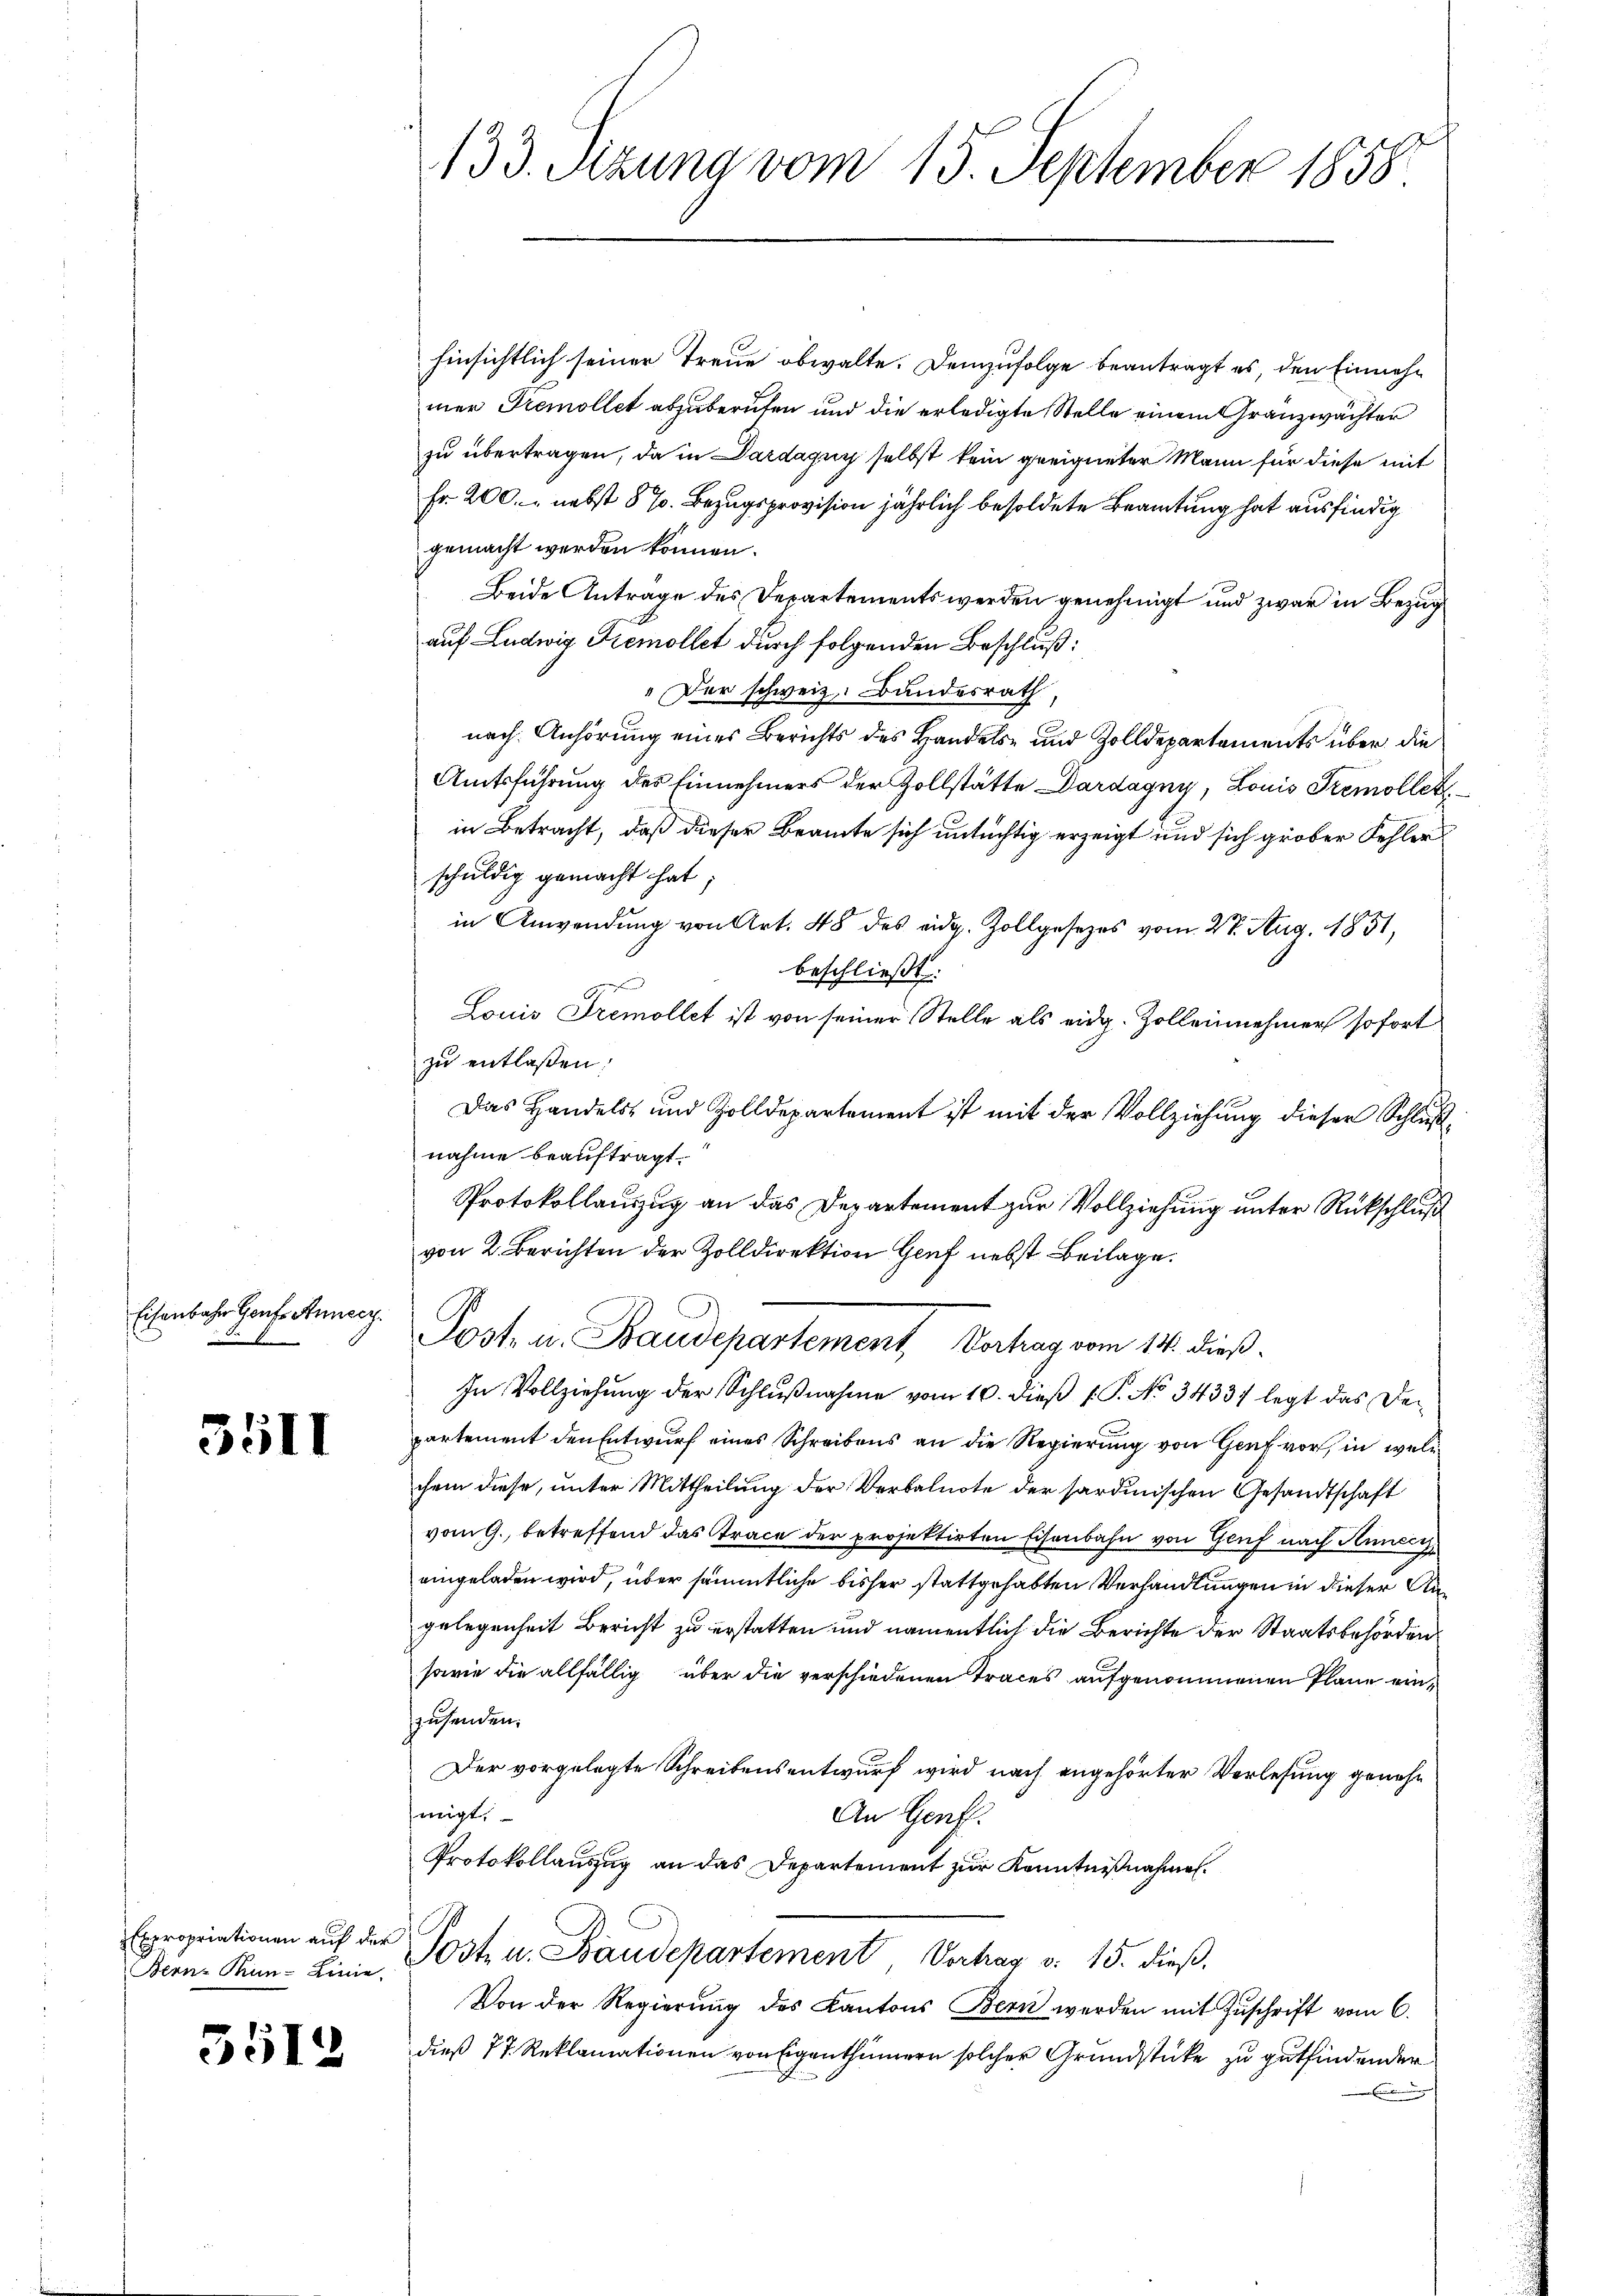
Eisenbahn Genf. Annecz

3511

Expropriationen auf der
Bern-Pun-Linie.

3512

hinsichtlich seiner Treue obwalte. Demzufolge beantragt es, den Einnahmer Tremollet abzuberufen und die erledigte Stelle einem Granzwächter
zu übertragen, da in Pardagny selbst kein geeigneter Mann für diese mit
Fr. 200. nebst 5 %. Bezugsprovision jährlich besoldete Beamtung hat ausfindig
gemacht werden können.
Beide Antrage des Departements werden genehmigt und zwar in Bezug
auf Ludwig Remollet durch folgenden Beschluß:
" Der schweiz. Bundesrath
nach Anhörung eines Berichts des Handels- und Zolldepartements über die
Amtsführung des Einnehmers der Zollstätte Dardagny, Louis Tremollet
in Betracht, daß dieser Beamte sich untüchtig erzeigt und sich grober Fehler
schuldig gemacht hat;
in Anwendung von Art. 48 des eidg. Zollgesezes vom 27. Aug. 1851,
beschließt:
Louis Tremollet ist von seiner Stelle als eidg. Zolleinehmer sofort
zu entlassen:
Das Handels- und Zolldepartement ist mit der Vollziehŭng dieser Schlŭβ-
nahme beauftragt.
Protokollauszug an das Departement zur Vollziehung unter Rückschluß
von 2. Berichten der Zolldirektion Genf nebst Beilage.
Post. u. Baudepartement, Verhag vom 14. dieß.
In Vollziehung der Schlußnahme vom 10. dieß P. P. No 34337 legt das Departement den Entwurf eines Schreibens an die Regierung von Genf vor, in welchem diese, unter Mittheilung der Verbalnote der sardinischen Gesandtschaft
vom 9. betreffend das Trace der projektirten Eisenbahn von Genf nach Innern,
eingeladen wird, über sämmtliche bisher stattgehabten Verhandlungen in dieser Angelegenheit Bericht zu erstatten und namentlich die Berichte der Staatsbehörden
sowie die allfällig über die verschiedenen Traces aufgenommenen Plane einzusenden.
Der vorgelegte Schreibensentwurf wird nach angehörter Verlesung genehmigt.
An Genf.
Protokollauszug an das Departement zur Kenntnißnahmen.
Post u. Baudepartement, Vertrag v. 15. dieß.
Von der Regierŭng des Kantons Bern werden mit Zŭschrift vom 6.
dieß 77. Reklamationen von Eigenthümern solcher Grundstücke zu gutfindender
t

133. Sizung vom 15. September 1858